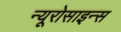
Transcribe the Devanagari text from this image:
न्यूरोसाइन्स